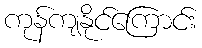
ကုန်ကျနိုင်ကြောင်း